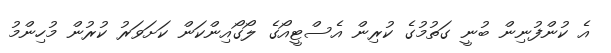
އެ ކުންފުނިން ބުނީ ގަތުމުގެ ކުރިން އެސްޓީއޯގެ ލޯގޯއިންކަން ކަށަވަރު ކުރުން މުހިންމު